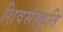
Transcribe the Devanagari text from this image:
शिवसंस्कृति